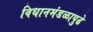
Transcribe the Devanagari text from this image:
विधानमंडळापुढे